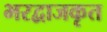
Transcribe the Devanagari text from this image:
भरद्वाजकृत